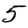
Digit: 5